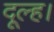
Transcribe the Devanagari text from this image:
दूल्ह।